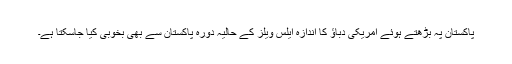
پاکستان پہ بڑھتے ہوئے امریکی دباﺅ کا اندازہ ایلس ویلز کے حالیہ دورہ پاکستان سے بھی بخوبی کیا جاسکتا ہے۔